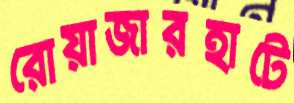
রোয়াজারহাটে